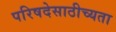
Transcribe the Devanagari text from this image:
परिषदेसाठीच्यता